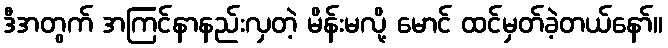
ဒီအတွက် အကြင်နာနည်းလှတဲ့ မိန်းမလို့ မောင် ထင်မှတ်ခဲ့တယ်နော်။